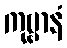
ကုဗ္ဗာနံ